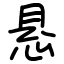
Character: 悬